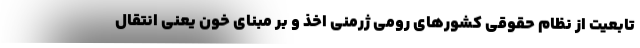
تابعیت از نظام حقوقی کشورهای رومی ژرمنی اخذ و بر مبنای خون یعنی انتقال